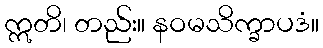
ဣတိ၊ တည်း။ နဝမသိက္ခာပဒံ။